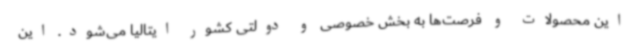
این محصولات و فرصت‌ها به بخش خصوصی و دولتی کشور ایتالیا می‌شود. این